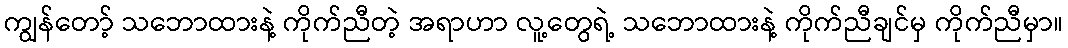
ကျွန်တော့် သဘောထားနဲ့ ကိုက်ညီတဲ့ အရာဟာ လူ့တွေရဲ့ သဘောထားနဲ့ ကိုက်ညီချင်မှ ကိုက်ညီမှာ။